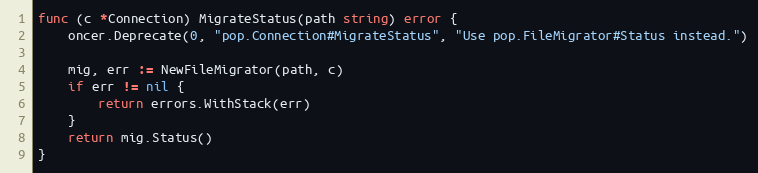
Language: Go
func (c *Connection) MigrateStatus(path string) error {
	oncer.Deprecate(0, "pop.Connection#MigrateStatus", "Use pop.FileMigrator#Status instead.")

	mig, err := NewFileMigrator(path, c)
	if err != nil {
		return errors.WithStack(err)
	}
	return mig.Status()
}